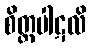
စိတ္တပါဋလိ